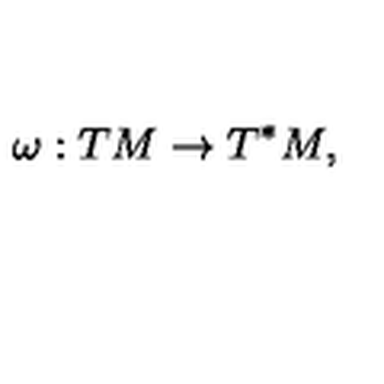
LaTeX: \omega : T M \rightarrow T ^ { \ast } M ,